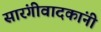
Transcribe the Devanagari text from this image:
सारंगीवादकांनी